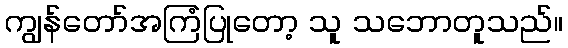
ကျွန်တော်အကြံပြုတော့ သူ သဘောတူသည်။